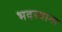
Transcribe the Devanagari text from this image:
भदस्याना